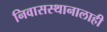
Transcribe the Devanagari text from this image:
निवासस्थानालाही